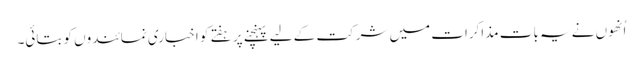
اُنھوں نے یہ بات مذاکرات میں شرکت کے لیے پہنچنے پر ہفتے کو اخباری نمائندوں کو بتائی۔